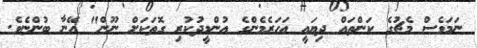
ނަމަވެސް މެޗުގެ ކަންތައް ދިޔައީ އަހަރެމެންގެ އުންމީދުކުރި ގޮތަކަށް ނޫން" އޭނާ ބުންޏެވެ.